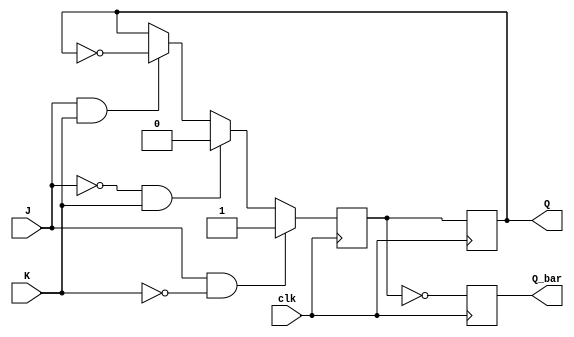
module jk_flip_flop (input wire J, input wire K, input wire clk, output reg Q, output reg Q_bar);

reg Q_next;

always @(negedge clk) begin
    if (J & !K)
        Q_next <= 1;
    else if (!J & K)
        Q_next <= 0;
    else if (J & K)
        Q_next <= ~Q;
    else
        Q_next <= Q;
end

always @(posedge clk) begin
    Q <= Q_next;
    Q_bar <= ~Q_next;
end

endmodule